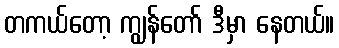
တကယ်တော့ ကျွန်တော် ဒီမှာ နေတယ်။